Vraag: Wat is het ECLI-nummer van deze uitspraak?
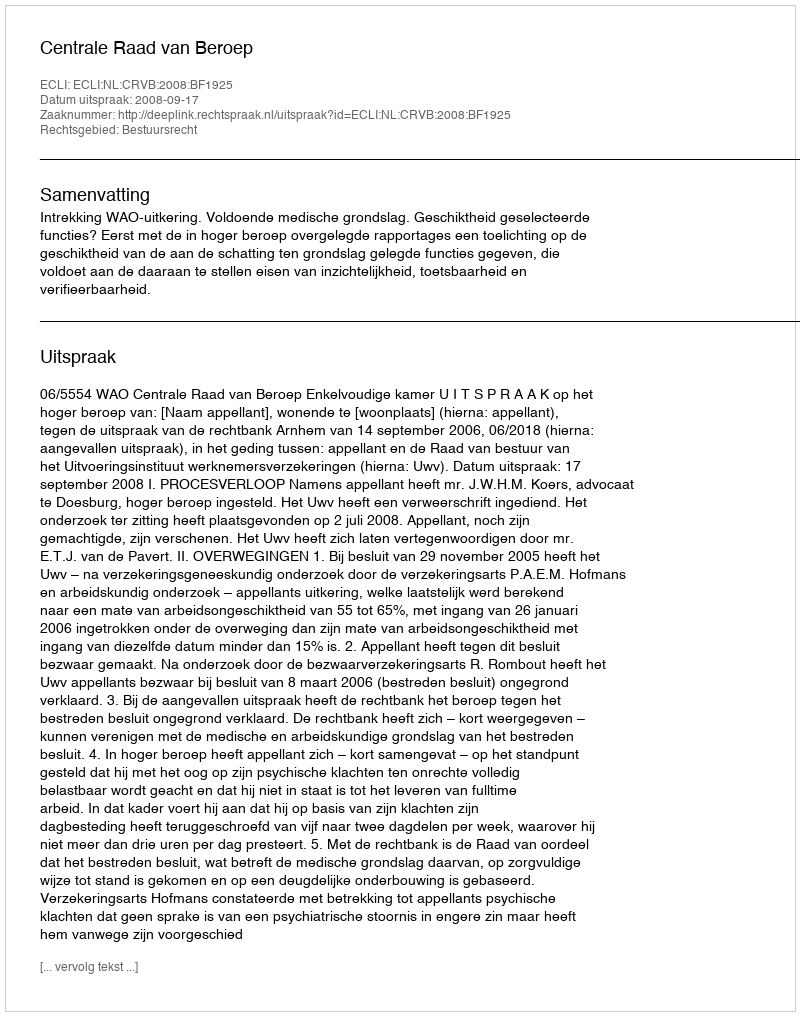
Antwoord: ECLI:NL:CRVB:2008:BF1925